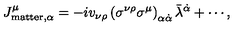
J _ { \mathrm { m a t t e r } , \alpha } ^ { \mu } = - i v _ { \nu \rho } \left( \sigma ^ { \nu \rho } \sigma ^ { \mu } \right) _ { \alpha \dot { \alpha } } \bar { \lambda } ^ { \dot { \alpha } } + \cdots ,